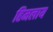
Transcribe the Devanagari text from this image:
हिमलाय